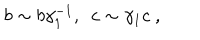
b \sim b \gamma _ { 1 } ^ { - 1 } , ~ ~ c \sim \gamma _ { 1 } c \ ,